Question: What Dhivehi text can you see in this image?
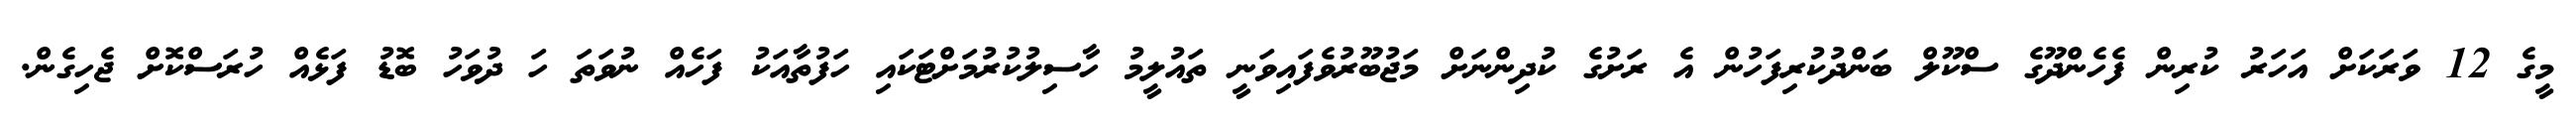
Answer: މީގެ 12 ވަރަކަށް އަހަރު ކުރިން ފެހެންދޫގެ ސްކޫލް ބަންދުކުރިފަހުން އެ ރަށުގެ ކުދިންނަށް މަޖުބޫރުވެފައިވަނީ ތައުލީމު ހާސިލުކުރުމަށްޓަކައި ހަފުތާއަކު ފަހެއް ނުވަތަ ހަ ދުވަހު ބޮޑު ފަޅެއް ހުރަސްކޮށް ޖެހިގެން.